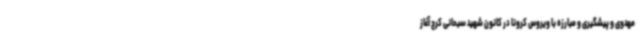
مهدوی و پیشگیری و مبارزه با ویروس کرونا در کانون شهید سبحانی کرج آغاز